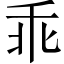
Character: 乖